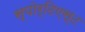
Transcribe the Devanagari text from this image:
स्पोर्टिएस्ट